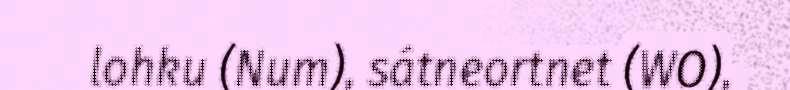
lohku (Num), sátneortnet (WO),